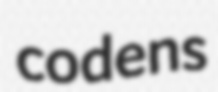
codens